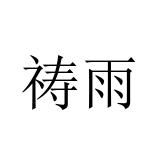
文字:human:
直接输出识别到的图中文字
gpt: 祷雨